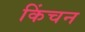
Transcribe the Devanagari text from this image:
किंचन